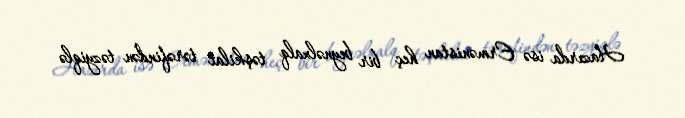
Hazırda isə Ermənistan heç bir beynəlxalq təşkilat tərəfindən təzyiqlə